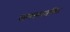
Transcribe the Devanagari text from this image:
समस्याग्रसित